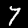
Label: 7